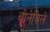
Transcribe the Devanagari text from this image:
बोनेविले